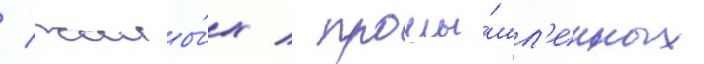
/ жилы́х / промы́шл'енных